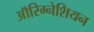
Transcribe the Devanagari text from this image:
ऑरिग्नेशियन